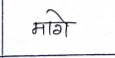
मजकूर: मागे